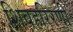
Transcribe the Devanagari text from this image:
शिवहरिरणी